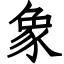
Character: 象